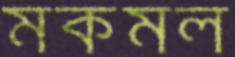
মকমল